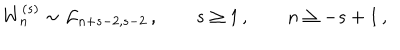
W _ { n } ^ { ( s ) } \sim { \cal L } _ { n + s - 2 , s - 2 } \, , \qquad s \geq 1 \, , \qquad n \geq - s + 1 \, ,